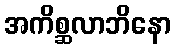
အကိစ္ဆလာဘိနော